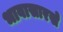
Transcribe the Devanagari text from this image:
भावासारखे